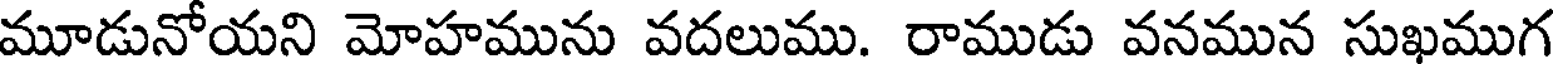
మూడునోయని మోహమును వదలుము. రాముడు వనమున సుఖముగ